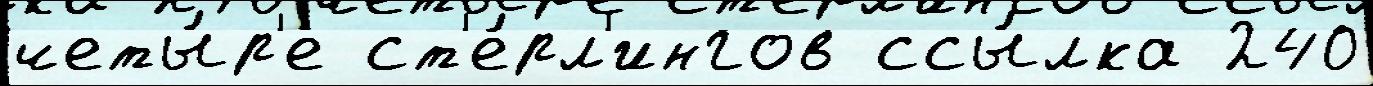
четы́р'е ст'е́рл'ингов ссы́лка 240